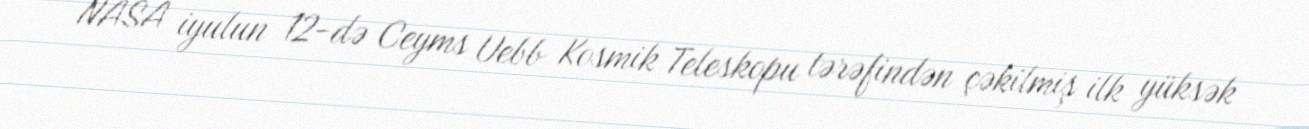
NASA iyulun 12-də Ceyms Uebb Kosmik Teleskopu tərəfindən çəkilmiş ilk yüksək